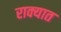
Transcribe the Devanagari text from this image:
राक्यात